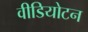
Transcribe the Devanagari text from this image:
वीडियोटन